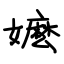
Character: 嬷